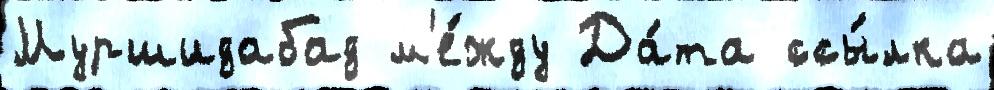
Муршидабад м'е́жду Да́та ссы́лка